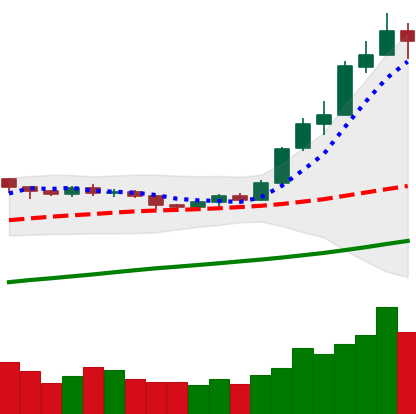
Ticker: ETH-USD
Chart end date: 2020-07-28
Forward return: 17.058%
Label: up_7plus